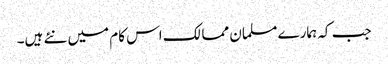
جب کہ ہمارے مسلمان ممالک اس کام میں نئے ہیں۔